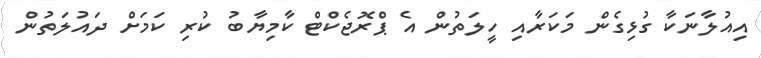
އިއުލާނަކާ ގުޅިގެން މަކަރާއި ހީލަތުން އެ ޕްރޮޖެކްޓް ކާމިޔާބު ކުރި ކަމަށް ދައުލަތުން